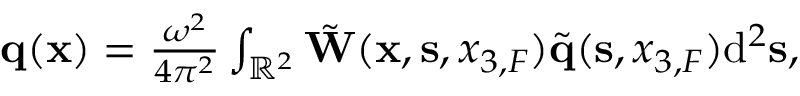
\begin{array} { r } { { \bf q } ( { { \bf x } } ) = \frac { \omega ^ { 2 } } { 4 \pi ^ { 2 } } \int _ { { \mathbb { R } } ^ { 2 } } \tilde { \bf W } ( { { \bf x } } , { { \bf s } } , { x _ { 3 , F } } ) \tilde { \bf q } ( { { \bf s } } , { x _ { 3 , F } } ) \mathrm { d } ^ { 2 } { { \bf s } } , } \end{array}